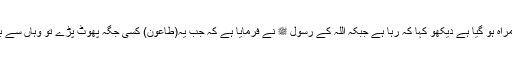
میں مسلمان ہوں اور تمھارا یہ امیر(عمرو بن عبسہ) گمراہ ہو گیا ہے دیکھو کہا کہ رہا ہے جبکہ اللہ کے رسول ﷺ نے فرمایا ہے کہ جب یہ(طاعون) کسی جگہ پھوٹ پڑے تو وہاں سے بھاگو مت کیوں کے موت تو تمھاری گردنوں میں ہے۔